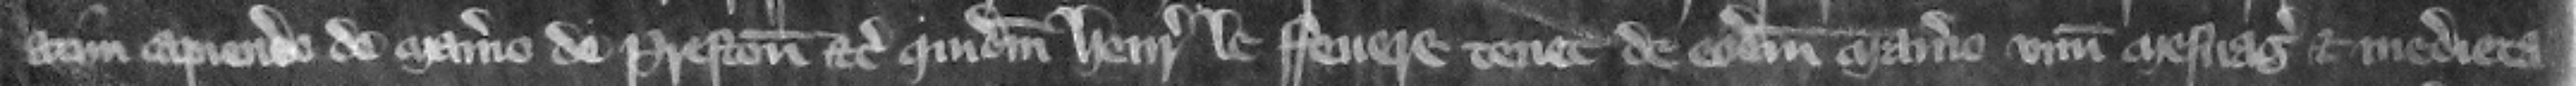
atim capiendo de manerio de Preston etc. quidam Henricus le Feuere tenet de eodem manerio vnum mesuagium et medieta